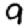
Digit: 9